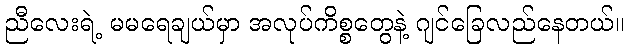
ညီလေးရဲ့ မမရေချယ်မှာ အလုပ်ကိစ္စတွေနဲ့ ဂျင်ခြေလည်နေတယ်။